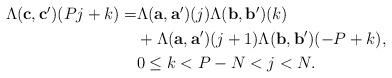
LaTeX: \begin{align*}\begin{aligned} \Lambda(\mathbf{c,c^\prime})(Pj+k)=&\Lambda(\mathbf{a,a^\prime})(j)\Lambda(\mathbf{b},\mathbf{b'})(k)\\&+\Lambda(\mathbf{a,a^\prime})(j+1)\Lambda(\mathbf{b},\mathbf{b'})(-P+k), \\ & 0\le k < P -N< j< N.\end{aligned}\end{align*}